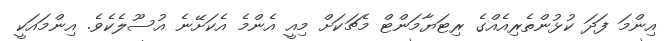
އިންމަ ފަދަ ކުޅުންތެރިއެއްގެ ރިޓަޔާމަންޓް މެޗަކަށް މިއީ އެންމެ އެކަށޭނެ އުސޫލެކެވެ. އިންމައަކީ